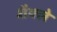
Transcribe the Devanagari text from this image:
शैक्ले